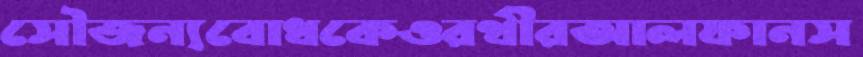
সৌজন্যবোধকেওরথীরআলফানস